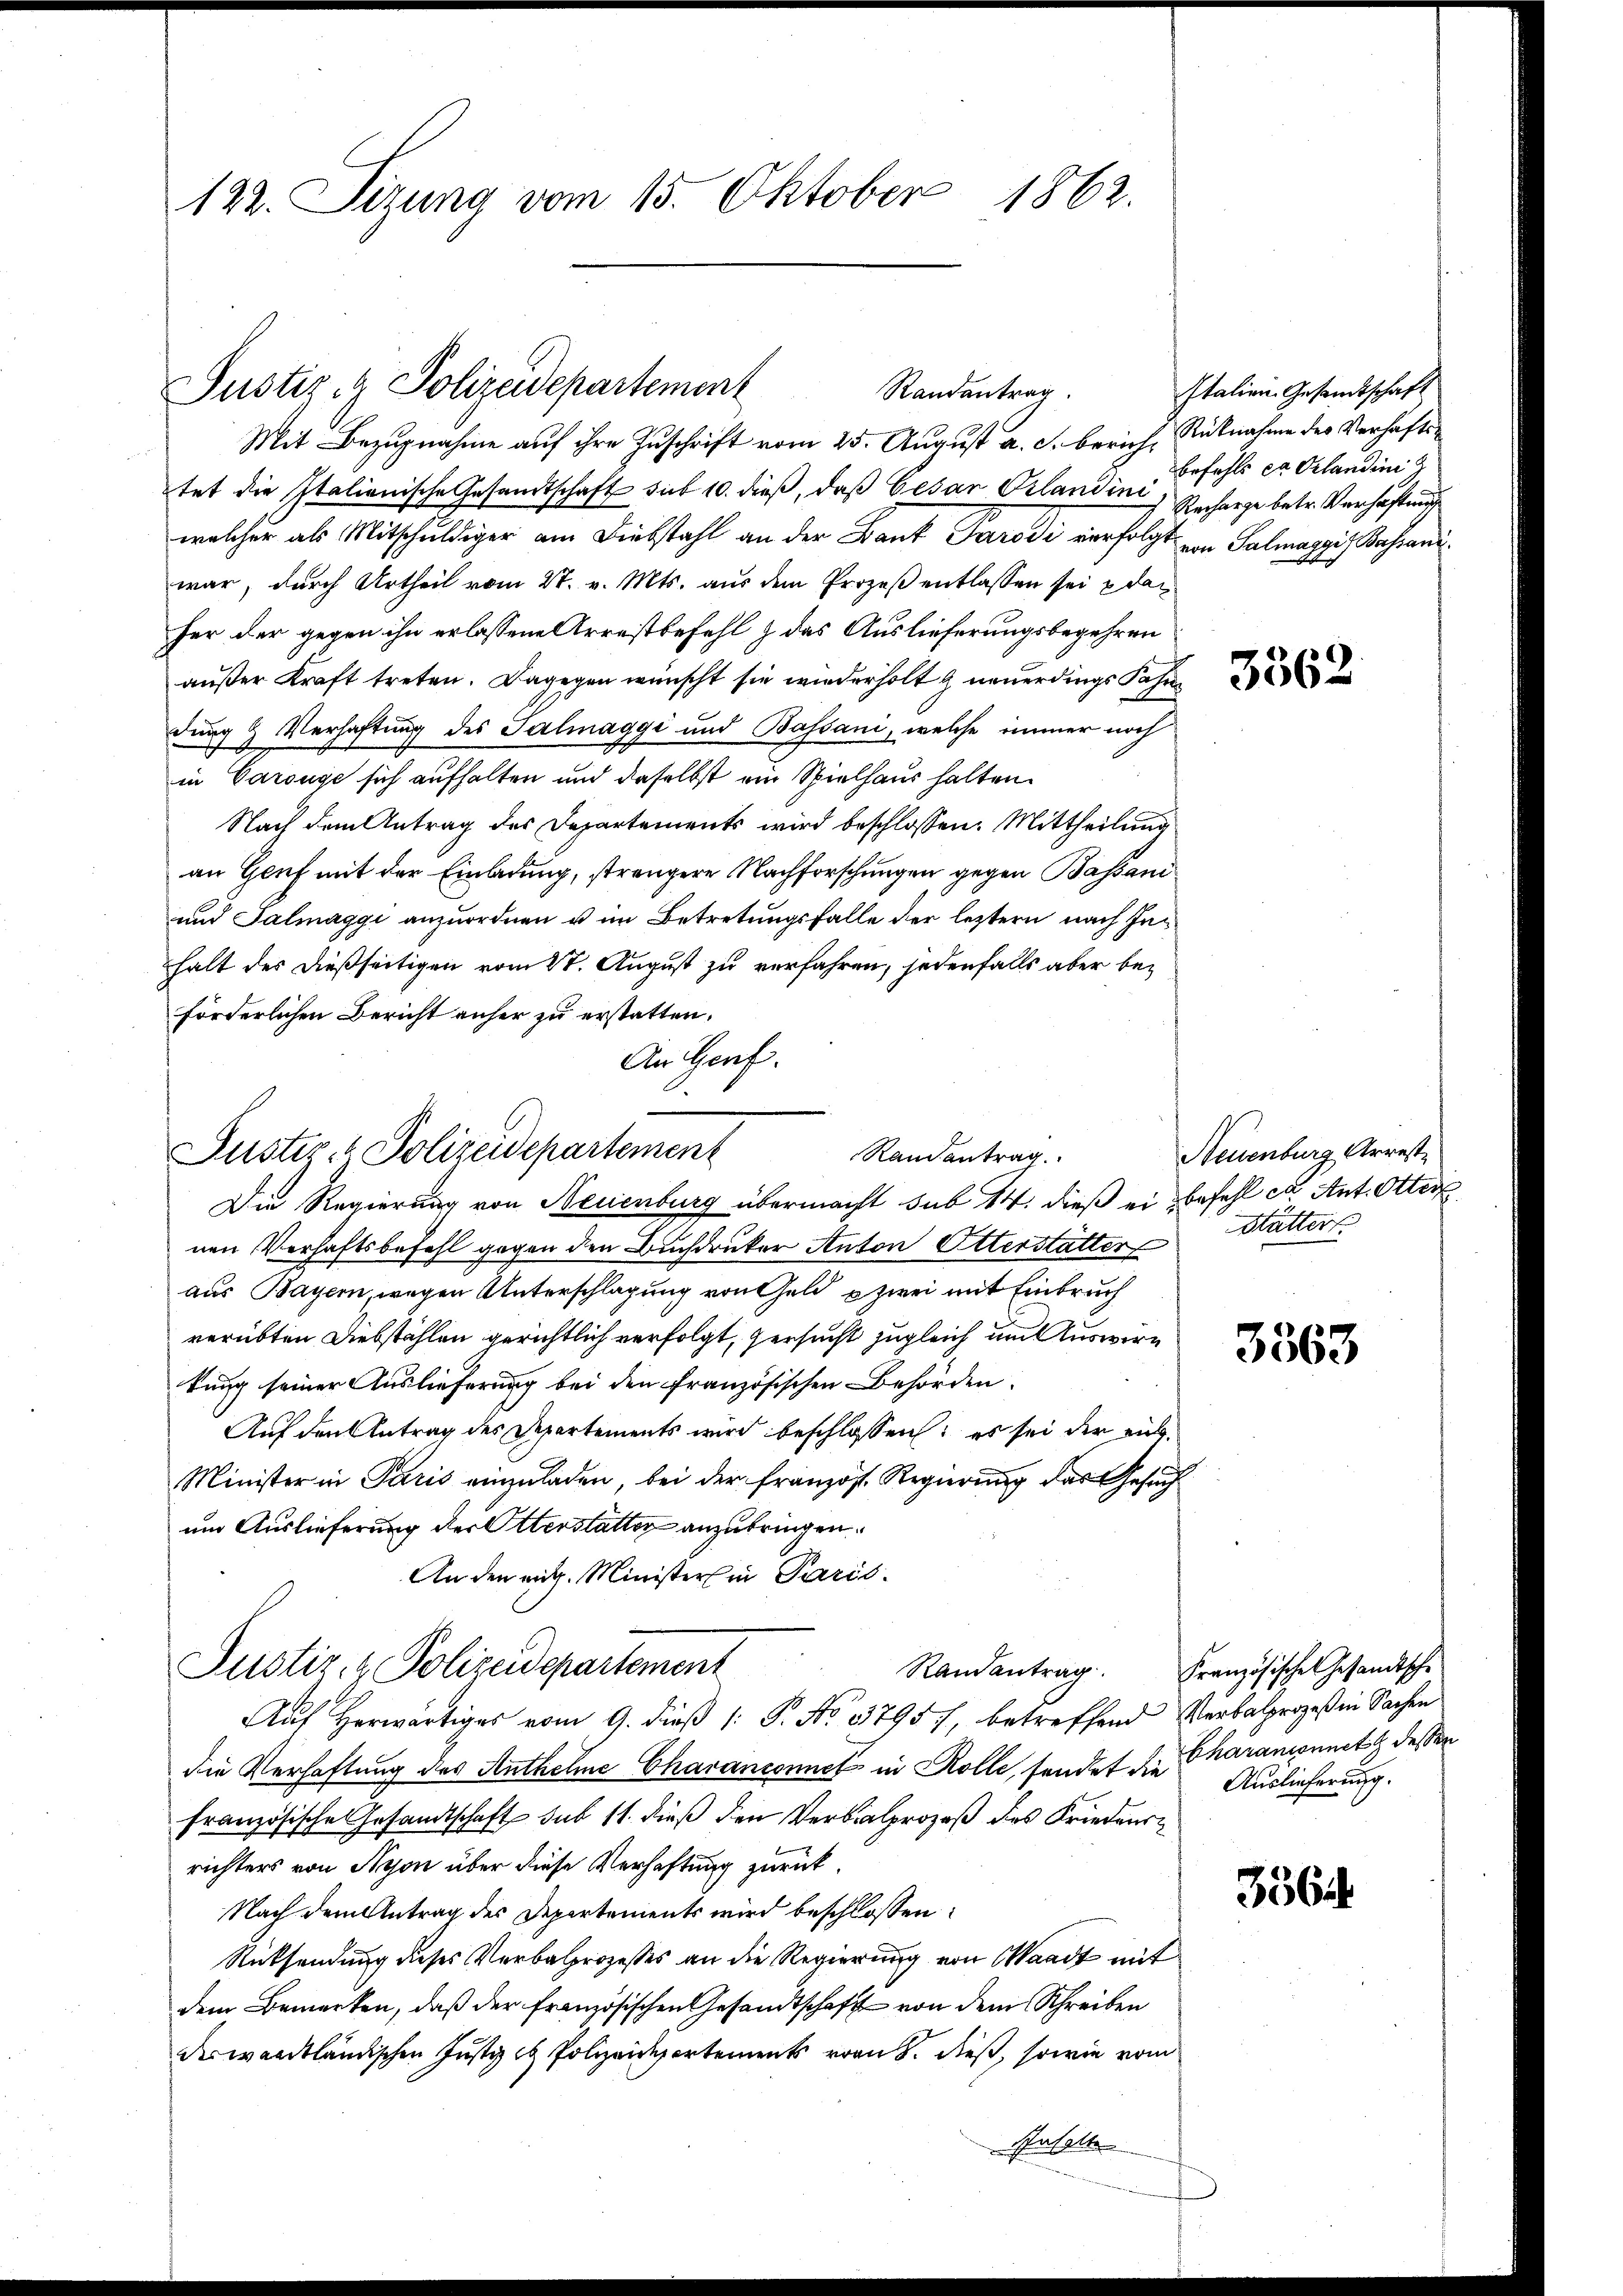
122. Sizung vom 15. Oktober 1862.

Justiz- & Polizeidepartement
Randantrag.

Mit Bezugnahme auf ihre Zuschrift vom 25. August a. c. berich, Rücknahme des Verhaftstet die Italienische Gesandtschaft sub 10. dieß, daß Gesan Pilandini, Recharge betr. Verhaftung
welcher als Mitschuldiger am Diebstahl an der Bank Parodi verfolgt von Salmaggis Bahnani
war, durch Urtheil vom 27. v. Mts. aus dem Prozeß entlassen sei & da
her der gegen ihn erlassene Arrestbefehl & das Auslieferungsbegehren
außer Kraft treten. Dagegen wünscht sie wiederholt & neuerdings Fahr
dung & Verhaftung des Salmaggi und Bassani, welche immer noch
in Carouge sich aufhalten und daselbst ein Spielhaus halten.
Nach dem Antrag des Departements wird beschlossen: Mittheilung
an Genf mit der Einladung, strengere Nachforschungen gegen Bassani¬
und Salmaggi anzuordnen u im Betretungsfalle der leztern nach Inhalt des dießseitigen vom 27. August zu verfahren, jedenfalls aber beförderlichen Bericht anher zu erstatten.
An Genf.

Justiz- & Polizeidepartement
Randantrag
Die Regierung von Neuenburg übermacht sub 14. dieß er befehl ca. Ant. Otter

Justiz- & Polizeidepartement

Italien Gesandtschaft
befehl en erlandini

nen Verhaftsbefehl gegen den Buchdrucker Anton Otterstatter
aus Bayern, wegen Unterschlagung von Geld u zwei mit Einbruch
verübten Diebstählen gerichtlich verfolgt, versucht zugleich um uswirkung seiner Auslieferung bei den französischen Behörden.
Auf den Antrag des Departements wird beschlossen: es sei der ein¬
Minister in Paris einzuladen, bei der französ. Regierung das Gesuch
um Auslieferung der Otterstatter anzubringen.
An den aug. Minister in Paris.
Randantrag. Französische Gesandtsche
Aŭf herwärtiges vom 9. dieβ (: P. No. 3795/, betreffend Verbalprozeß in Sachen
die Verhaftung des Anthelme Charanconnet in Rolle, sendet die Charamonnetz dessen
französische Gesandtschaft sub 11. dieß den Verbalprozeß des Friedensrichters von Nyon über diese Verhaftung zurück.
Nach dem Antrag des Departements wird beschlossen:
Rücksendung dieses Verbalprozesses an die Regierung von Waadt mit
dem Bemerken, daß der französischen Gesandtschaft von dem Schreiben
des waadtländischen Justiz & Polizeidepartements vom 8. dieß, sowie vom
Pasalte

Neuenburg Arreste
Stätter.

3562

3563

Auslieferung.

3564